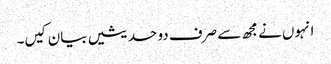
انہوں نے مجھ سے صرف دو حدیثیں بیان کیں۔